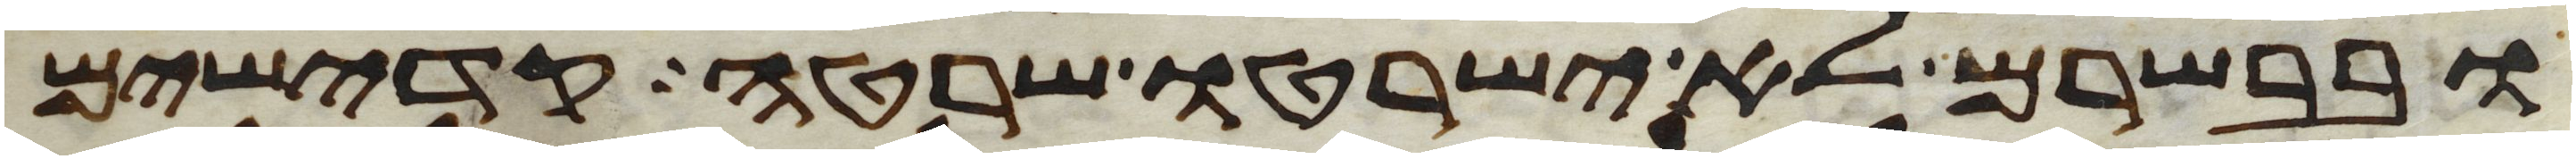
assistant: ובבשרם לא ישרטו שרטה קדישים